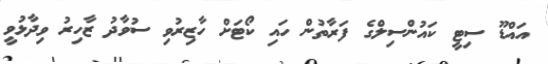
އައްޑޫ ސިޓީ ކައުންސިލްގެ ފަރާތުން ހައި ކޯޓަށް ހާޒިރުވި ސުވާދު ޒާހިރު ވިދާޅުވީ